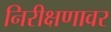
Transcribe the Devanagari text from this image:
निरीक्षणावर